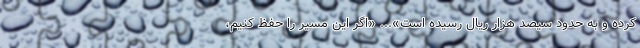
کرده و به حدود سیصد هزار ریال رسیده است»... «اگر این مسیر را حفظ کنیم،